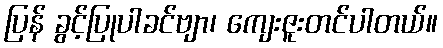
ပြန် ခွင့်ပြုပါခင်ဗျာ၊ ကျေးဇူးတင်ပါတယ်။